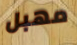
مهبل